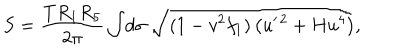
S = \frac { T R _ { 1 } R _ { 5 } } { 2 \pi } \int \! d \sigma \; \sqrt { ( 1 - v ^ { 2 } f _ { 1 } ) \left( u ^ { \prime \, 2 } + H u ^ { 4 } \right) } ,